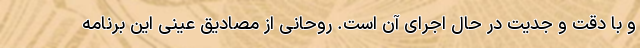
و با دقت و جدیت در حال اجرای آن است. روحانی از مصادیق عینی این برنامه